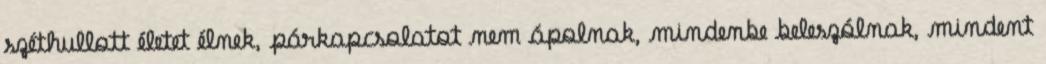
széthullott életet élnek, párkapcsolatot nem ápolnak, mindenbe beleszólnak, mindent